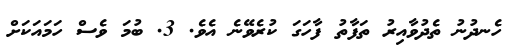
ހެނދުނު ތެދުވާއިރު ތަފާތު ފާހަގަ ކުރެވޭނެ އެވެ. 3. ބުމަ ވެސް ހަމައަކަށް